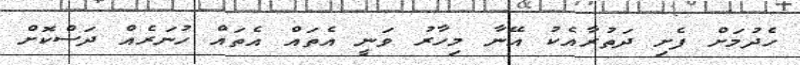
ހެދުމަށް ފެށި ދަތުރާއެކު އޭނާ މިހާރު ވަނީ އެތައް އެތައް ހުނަރެއް ދަސްކޮށް